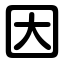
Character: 因